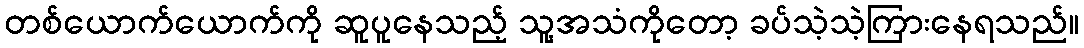
တစ်ယောက်ယောက်ကို ဆူပူနေသည့် သူ့အသံကိုတော့ ခပ်သဲ့သဲ့ကြားနေရသည်။